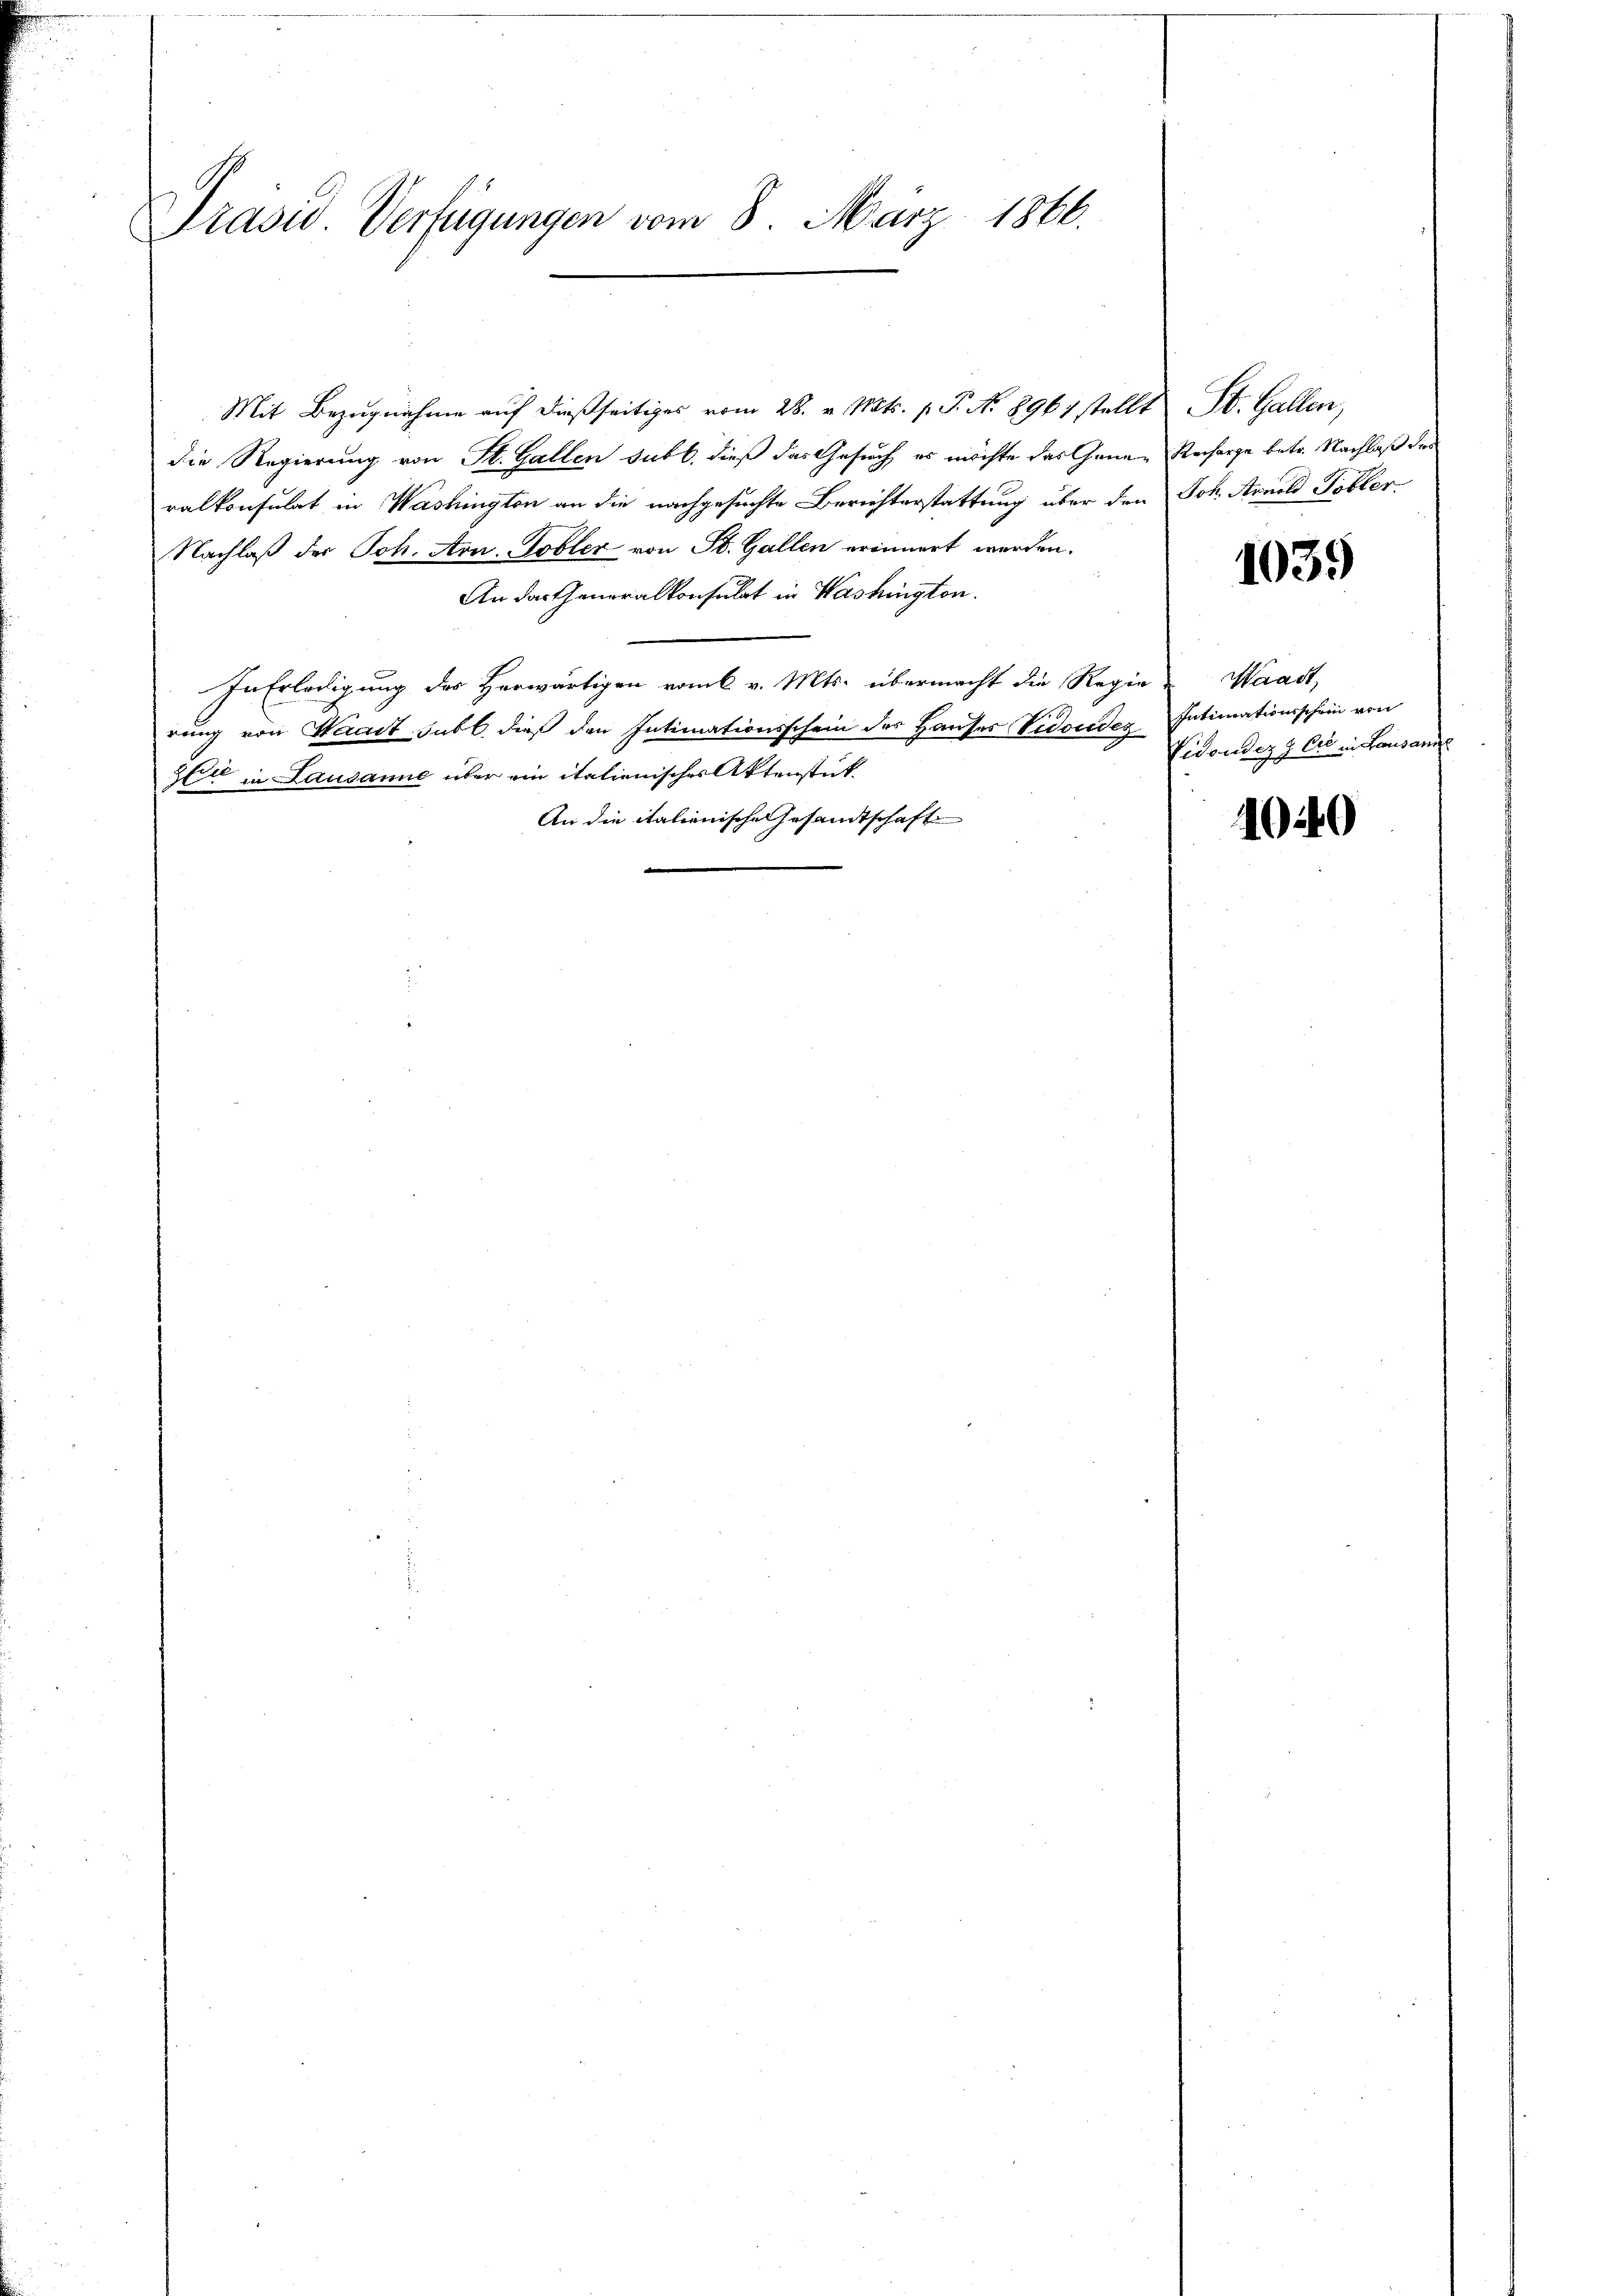
Prasid Verfügungen vom 8. März 1866.

Mit Bezugnahme auf dießseitiges vom 28. v. Mts. p. T. N. 8961 stellt
die Regierung von St. Gallen sub b. dieß das Gesuch es möchte das Gener Recharge betr. Nachlaß des
ralkonsulat in Washington an die nachgesuchte Berichterstattung über den
Nachlaß der Joh. Arn. Tobler von St. Gallen erinnert werden.
An das Generalkonsulat in Washington.
In Erledigung des Herwärtigen vom v. Mts. übermacht die Regie Waadt,
rung von Waadt subl. dieß den Intimationsschein des Hauses Vidonder
Sie in Lausanne über ein italienisches Aktenstück
An die italienische Gesandtschaft

St. Gallen,
Joh. Arnold Tobler.

1039

Intimationsschein von
Vidonder & Cie in Lausann

1040